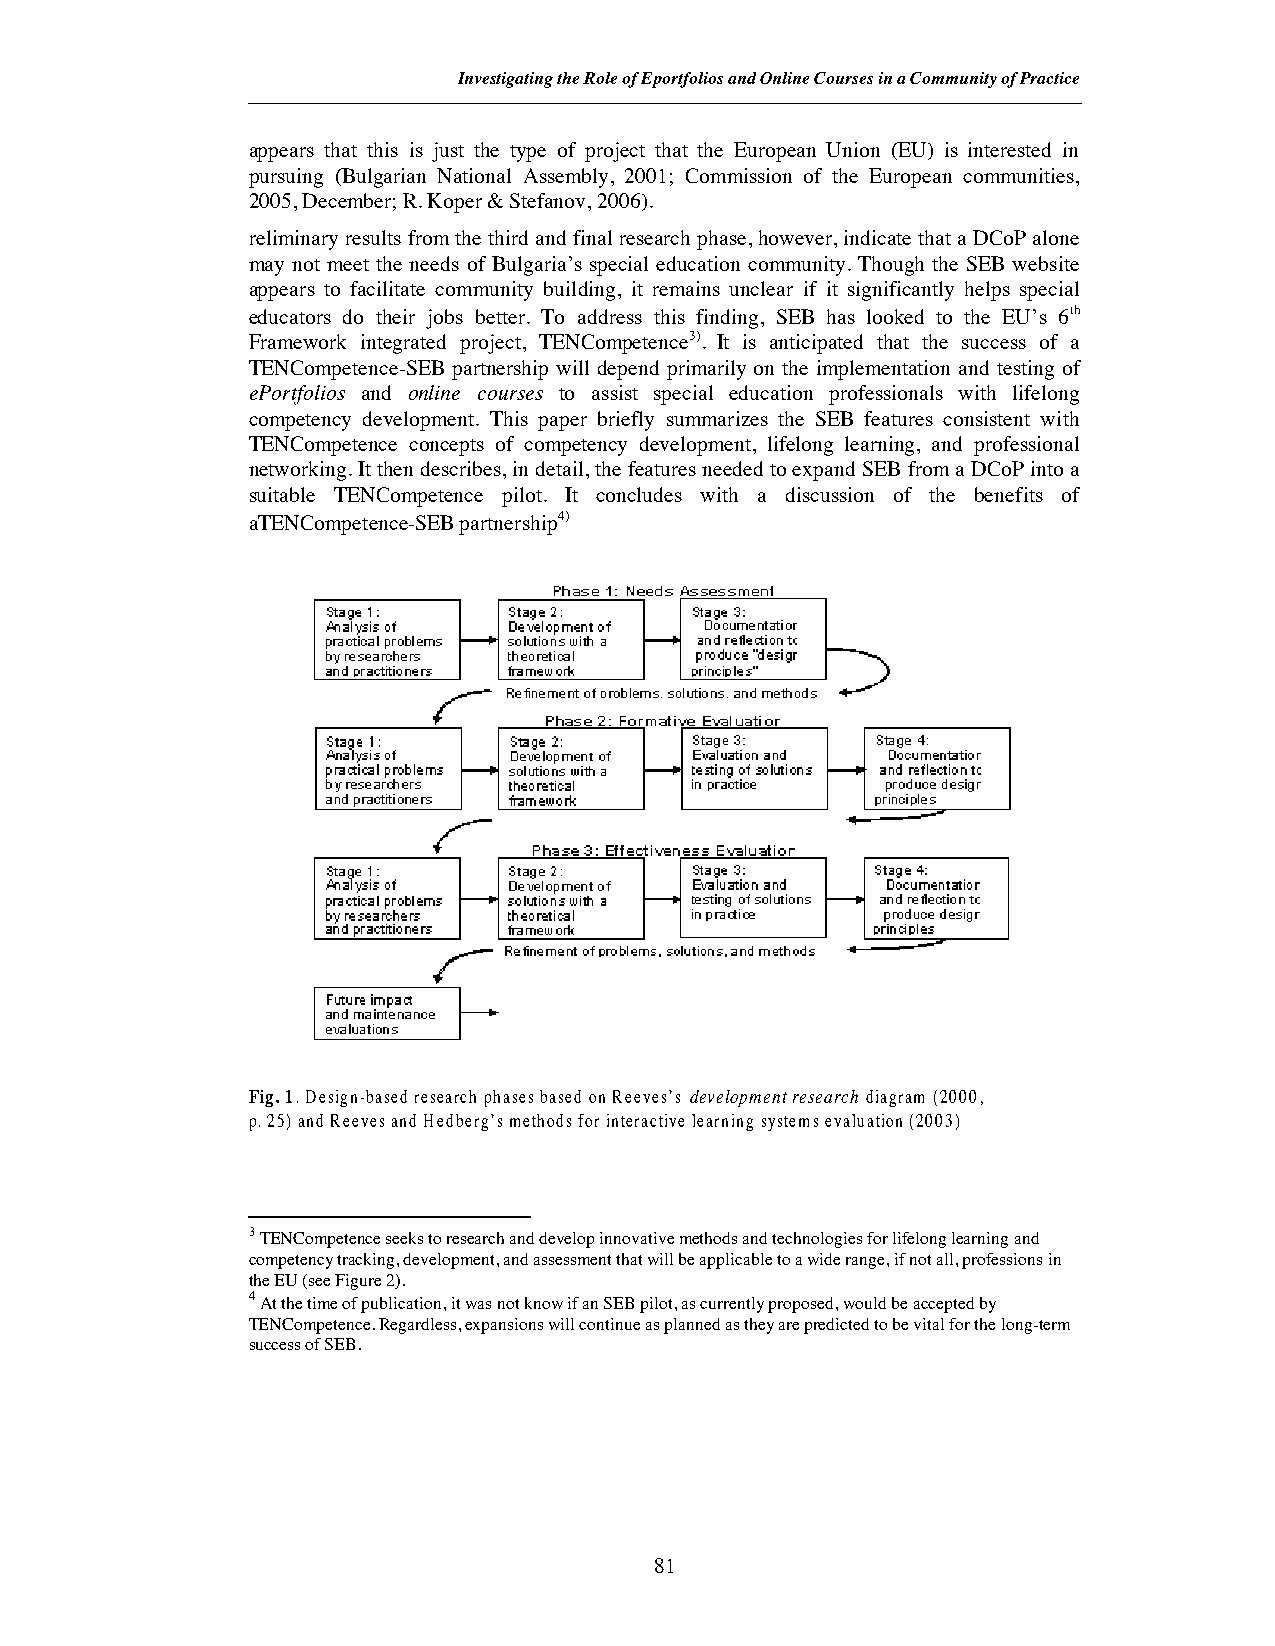
Investigating the Role of Eportfolios and Online Courses in a Community of Practice
 appears that this is just the type of project that the European Union (EU) is interested in
 pursuing (Bulgarian National Assembly, 2001; Commission of the European communities,
 2005, December; R. Koper & Stefanov, 2006).
 reliminary results from the third and final research phase, however, indicate that a DCoP alone
 may not meet the needs of Bulgaria’s special education community. Though the SEB website
 appears to facilitate community building, it remains unclear if it significantly helps special
 educators do their jobs better. To address this finding, SEB has looked to the EU’s 6th
 Framework integrated project, TENCompetence3). It is anticipated that the success of a
 TENCompetence-SEB partnership will depend primarily on the implementation and testing of
 ePortfolios and online courses to assist special education professionals with lifelong
 competency development. This paper briefly summarizes the SEB features consistent with
 TENCompetence concepts of competency development, lifelong learning, and professional
 networking. It then describes, in detail, the features needed to expand SEB from a DCoP into a
 suitable TENCompetence pilot. It concludes with a discussion of the benefits of
 aTENCompetence-SEB partnership4)
 Fig. 1. Design-based research phases based on Reeves’s development research diagram (2000,
 p. 25) and Reeves and Hedberg’s methods for interactive learning systems evaluation (2003)
 3TENCompetence seeks to research and develop innovative methods and technologies for lifelong learning and
 competency tracking, development, and assessment that will be applicable to a wide range, if not all, professions in
 the EU (see Figure 2).
 4At the time of publication, it was not know if an SEB pilot, as currently proposed, would be accepted by
 TENCompetence. Regardless, expansions will continue as planned as they are predicted to be vital for the long-term
 success of SEB.
 81